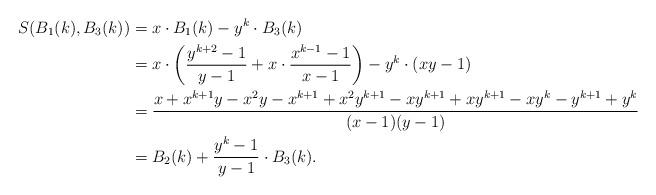
LaTeX: \begin{align*}\begin{aligned}S(B_1(k),B_3(k))&=x\cdot B_1(k)-y^{k}\cdot B_3(k)\\&=x\cdot \left ( \frac{y^{k+2}-1}{y-1}+x\cdot\frac{x^{k-1}-1}{x-1}\right )-y^{k}\cdot (xy-1)\\&=\frac{x+x^{k+1}y-x^2y-x^{k+1}+x^2y^{k+1}-xy^{k+1}+xy^{k+1}-xy^k-y^{k+1}+y^k}{(x-1)(y-1)}\\&=B_2(k)+\frac{y^k-1}{y-1}\cdot B_3(k).\end{aligned}\end{align*}